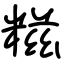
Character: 糍